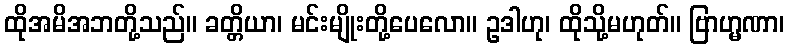
ထိုအမိအဘတို့သည်။ ခတ္တိယာ၊ မင်းမျိုးတို့ပေလော။ ဥဒါဟု၊ ထိုသို့မဟုတ်။ ဗြာဟ္မဏာ၊